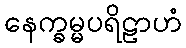
နေက္ခမ္မပရိဠာဟံ